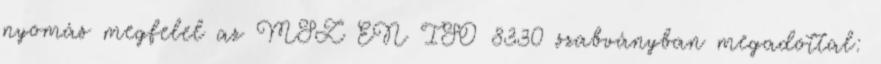
nyomás megfelel az MSZ EN ISO 8330 szabványban megadottal: